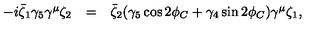
\begin{array} { l c l } { - i \bar { \zeta } _ { 1 } \gamma _ { 5 } \gamma ^ { \mu } \zeta _ { 2 } } & { = } & { \bar { \zeta } _ { 2 } ( \gamma _ { 5 } \cos 2 \phi _ { C } + \gamma _ { 4 } \sin 2 \phi _ { C } ) \gamma ^ { \mu } \zeta _ { 1 } , } \\ \end{array}